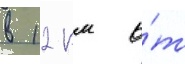
в 12 км о́т